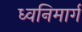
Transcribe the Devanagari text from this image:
ध्वनिमार्ग